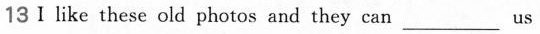
13Ⅰ like these old photos and they can___us